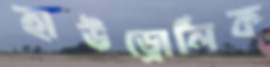
হাউড্রোলিক